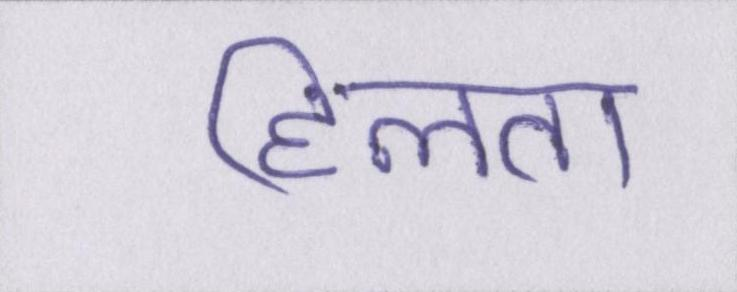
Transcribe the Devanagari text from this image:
हिलता